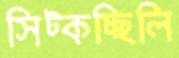
সিট্‌কচ্ছিলি